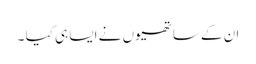
ان کے ساتھیوں نے ایسا ہی کیا ۔